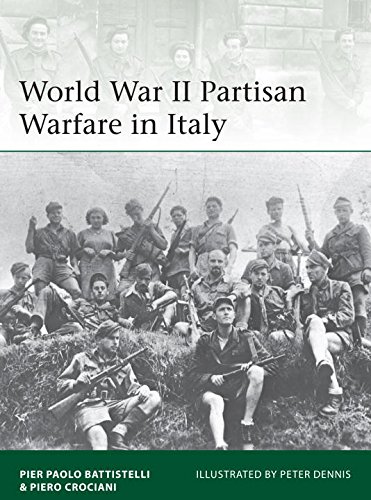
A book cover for World War II Partisan Warfare in Italy (Elite); Pier Battistelli; Arts & Photography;